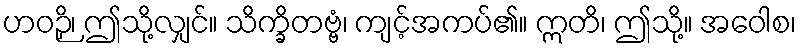
ဟဝဉှိ၊ ဤသို့လျှင်။ သိက္ခိတဗ္ဗံ၊ ကျင့်အကပ်၏။ ဣတိ၊ ဤသို့။ အဝေါစ၊